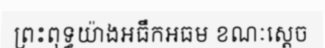
ព្រះពុទ្ធយ៉ាងអធឹកអធម ខណៈស្តេច